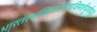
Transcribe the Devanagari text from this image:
भा्रतरंभखिलशास्त्रविमर्शपूर्णम्।।